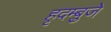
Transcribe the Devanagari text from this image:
हृदम्बुजे